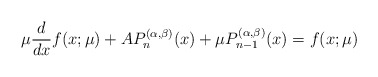
\begin{align*} \mu\frac{d}{dx}f(x;\mu) + A P_n^{(\alpha,\beta)}(x) + \mu P_{n-1}^{(\alpha,\beta)}(x) = f(x;\mu) \end{align*}